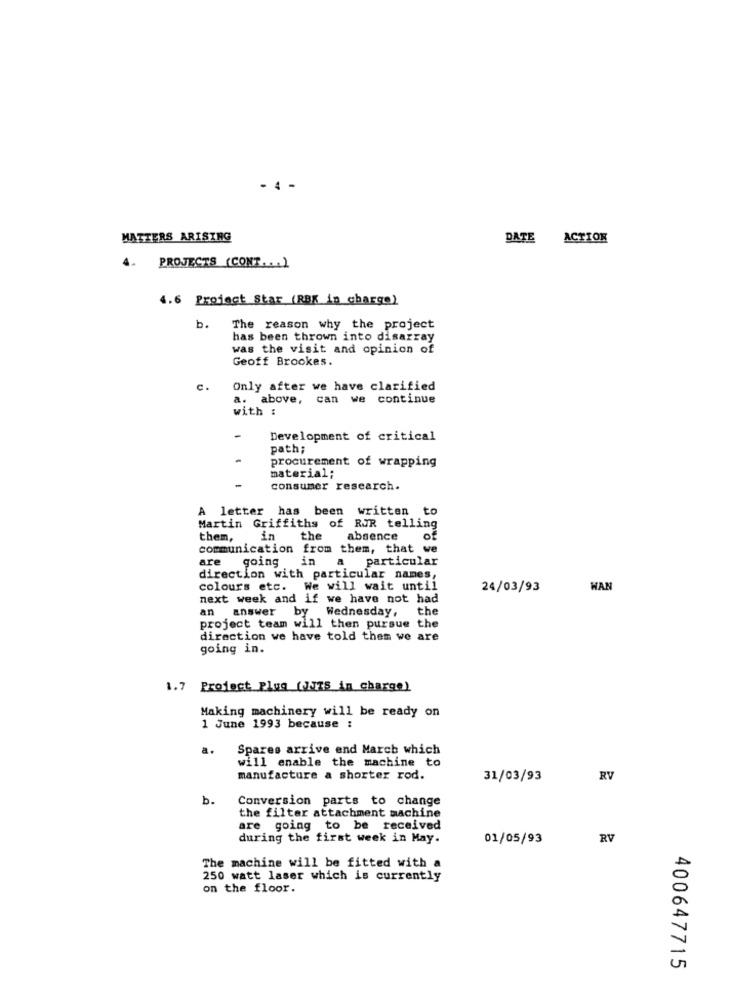
- 4 -
MATTERS ARISING
DATE ACTION
4.
PROJECTS (CONT. . . )
4.6 Project Star (RBK in charge)
b.
The reason why the project
has been thrown into disarray
was the visit and opinion of
Geoff Brookes.
c.
Only after we have clarified
a. above, can we continue
with :
-
Development of critical
path;
procurement of wrapping
material;
consumer research.
A letter has been written to
Martin Griffiths of RJR telling
them,
in
the
absence
communication from them, that we
are
going
in
a particular
direction with particular names,
colours etc. We will wait until
24/03/93
WAN
next week and if we have not had
an answer by Wednesday,
the
project team will then pursue the
direction we have told them we are
going in.
1.7 Project Plug (JJ75 in charge)
Making machinery will be ready on
1 June 1993 because :
a.
Spares arrive end March which
will enable the machine to
manufacture a shorter rod.
31/03/93
RV
b.
Conversion parts to change
the filter attachment machine
are going to be received
during the first week in May.
01/05/93
RV
The machine will be fitted with a
250 watt laser which is currently
on the floor.
400647715